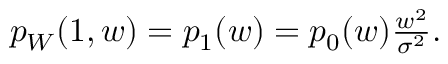
\begin{array} { r } { p _ { W } ( 1 , w ) = p _ { 1 } ( w ) = p _ { 0 } ( w ) \frac { w ^ { 2 } } { \sigma ^ { 2 } } . } \end{array}